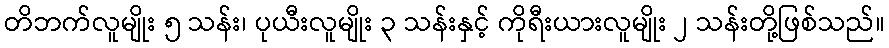
တိဘက်လူမျိုး ၅ သန်း၊ ပုယီးလူမျိုး ၃ သန်းနှင့် ကိုရီးယားလူမျိုး ၂ သန်းတို့ဖြစ်သည်။